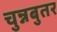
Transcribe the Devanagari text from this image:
चुन्नबुतर